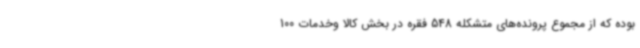
بوده که از مجموع پرونده‌های متشکله 548 فقره در بخش کالا وخدمات 100